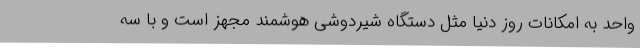
واحد به امکانات روز دنیا مثل دستگاه شیردوشی هوشمند مجهز است و با سه